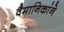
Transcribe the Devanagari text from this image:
वैमानिकांने